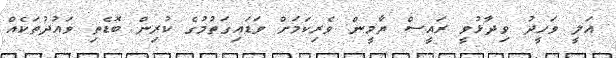
އަލީ ވަހީދު ވިދާޅުވީ ރައީސް ޔާމީން ވެރިކަމަށް ވަޑައިގަތުމުގެ ކުރިން ބޮޑެތި ވައުދުތަކެއް